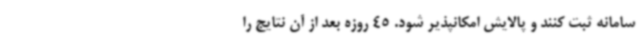
سامانه ثبت کنند و پالایش امکانپذیر شود. 45 روزه بعد از آن نتایج را